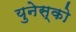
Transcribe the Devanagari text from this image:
युनेस्‍को